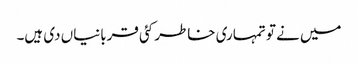
میں نے تو تمہاری خاطر کئی قربانیاں دی ہیں۔